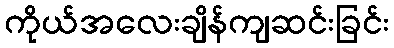
ကိုယ်အလေးချိန်ကျဆင်းခြင်း